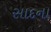
સાદના